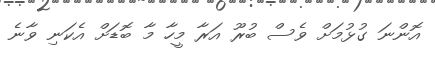
އޮންނަ ގުޅުމަށް ވެސް ބުރޫ އަރާ މީހާ މާ ބޮޑަށް އެކަނި ވާނެ